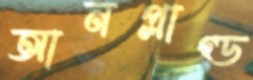
আনপ্লাগ্ড